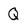
Character: Q